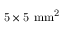
\mathrm { 5 \times 5 ~ m m ^ { 2 } }